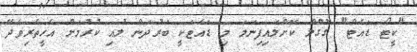
"ކީޓޯ ޑައެޓް" ގޫގްލް ކޮށްލައިފިނަމަ މި ޑައެޓަކީ ބަރުދަން ލުއި ކުރުމަށް އެހީތެރިވެދޭ